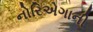
નોરિએગાની